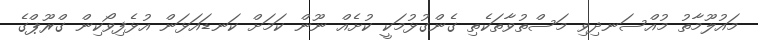
މައުލޫމާތު މުއްސަނދިވި މަސްތުވާތަކެތި ގެންގުޅުމަކީ ކުށެއް ނޫން ކަމަށް ކަނޑައަޅަން އުޅެފިވޯކިން ގްރޫޕްގެ